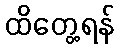
ထိတွေ့ရန်